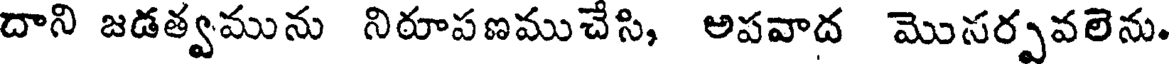
దాని జడత్వమును నిరూపణముచేసి, అపవాద మొసర్పవలెను.